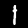
Label: 1